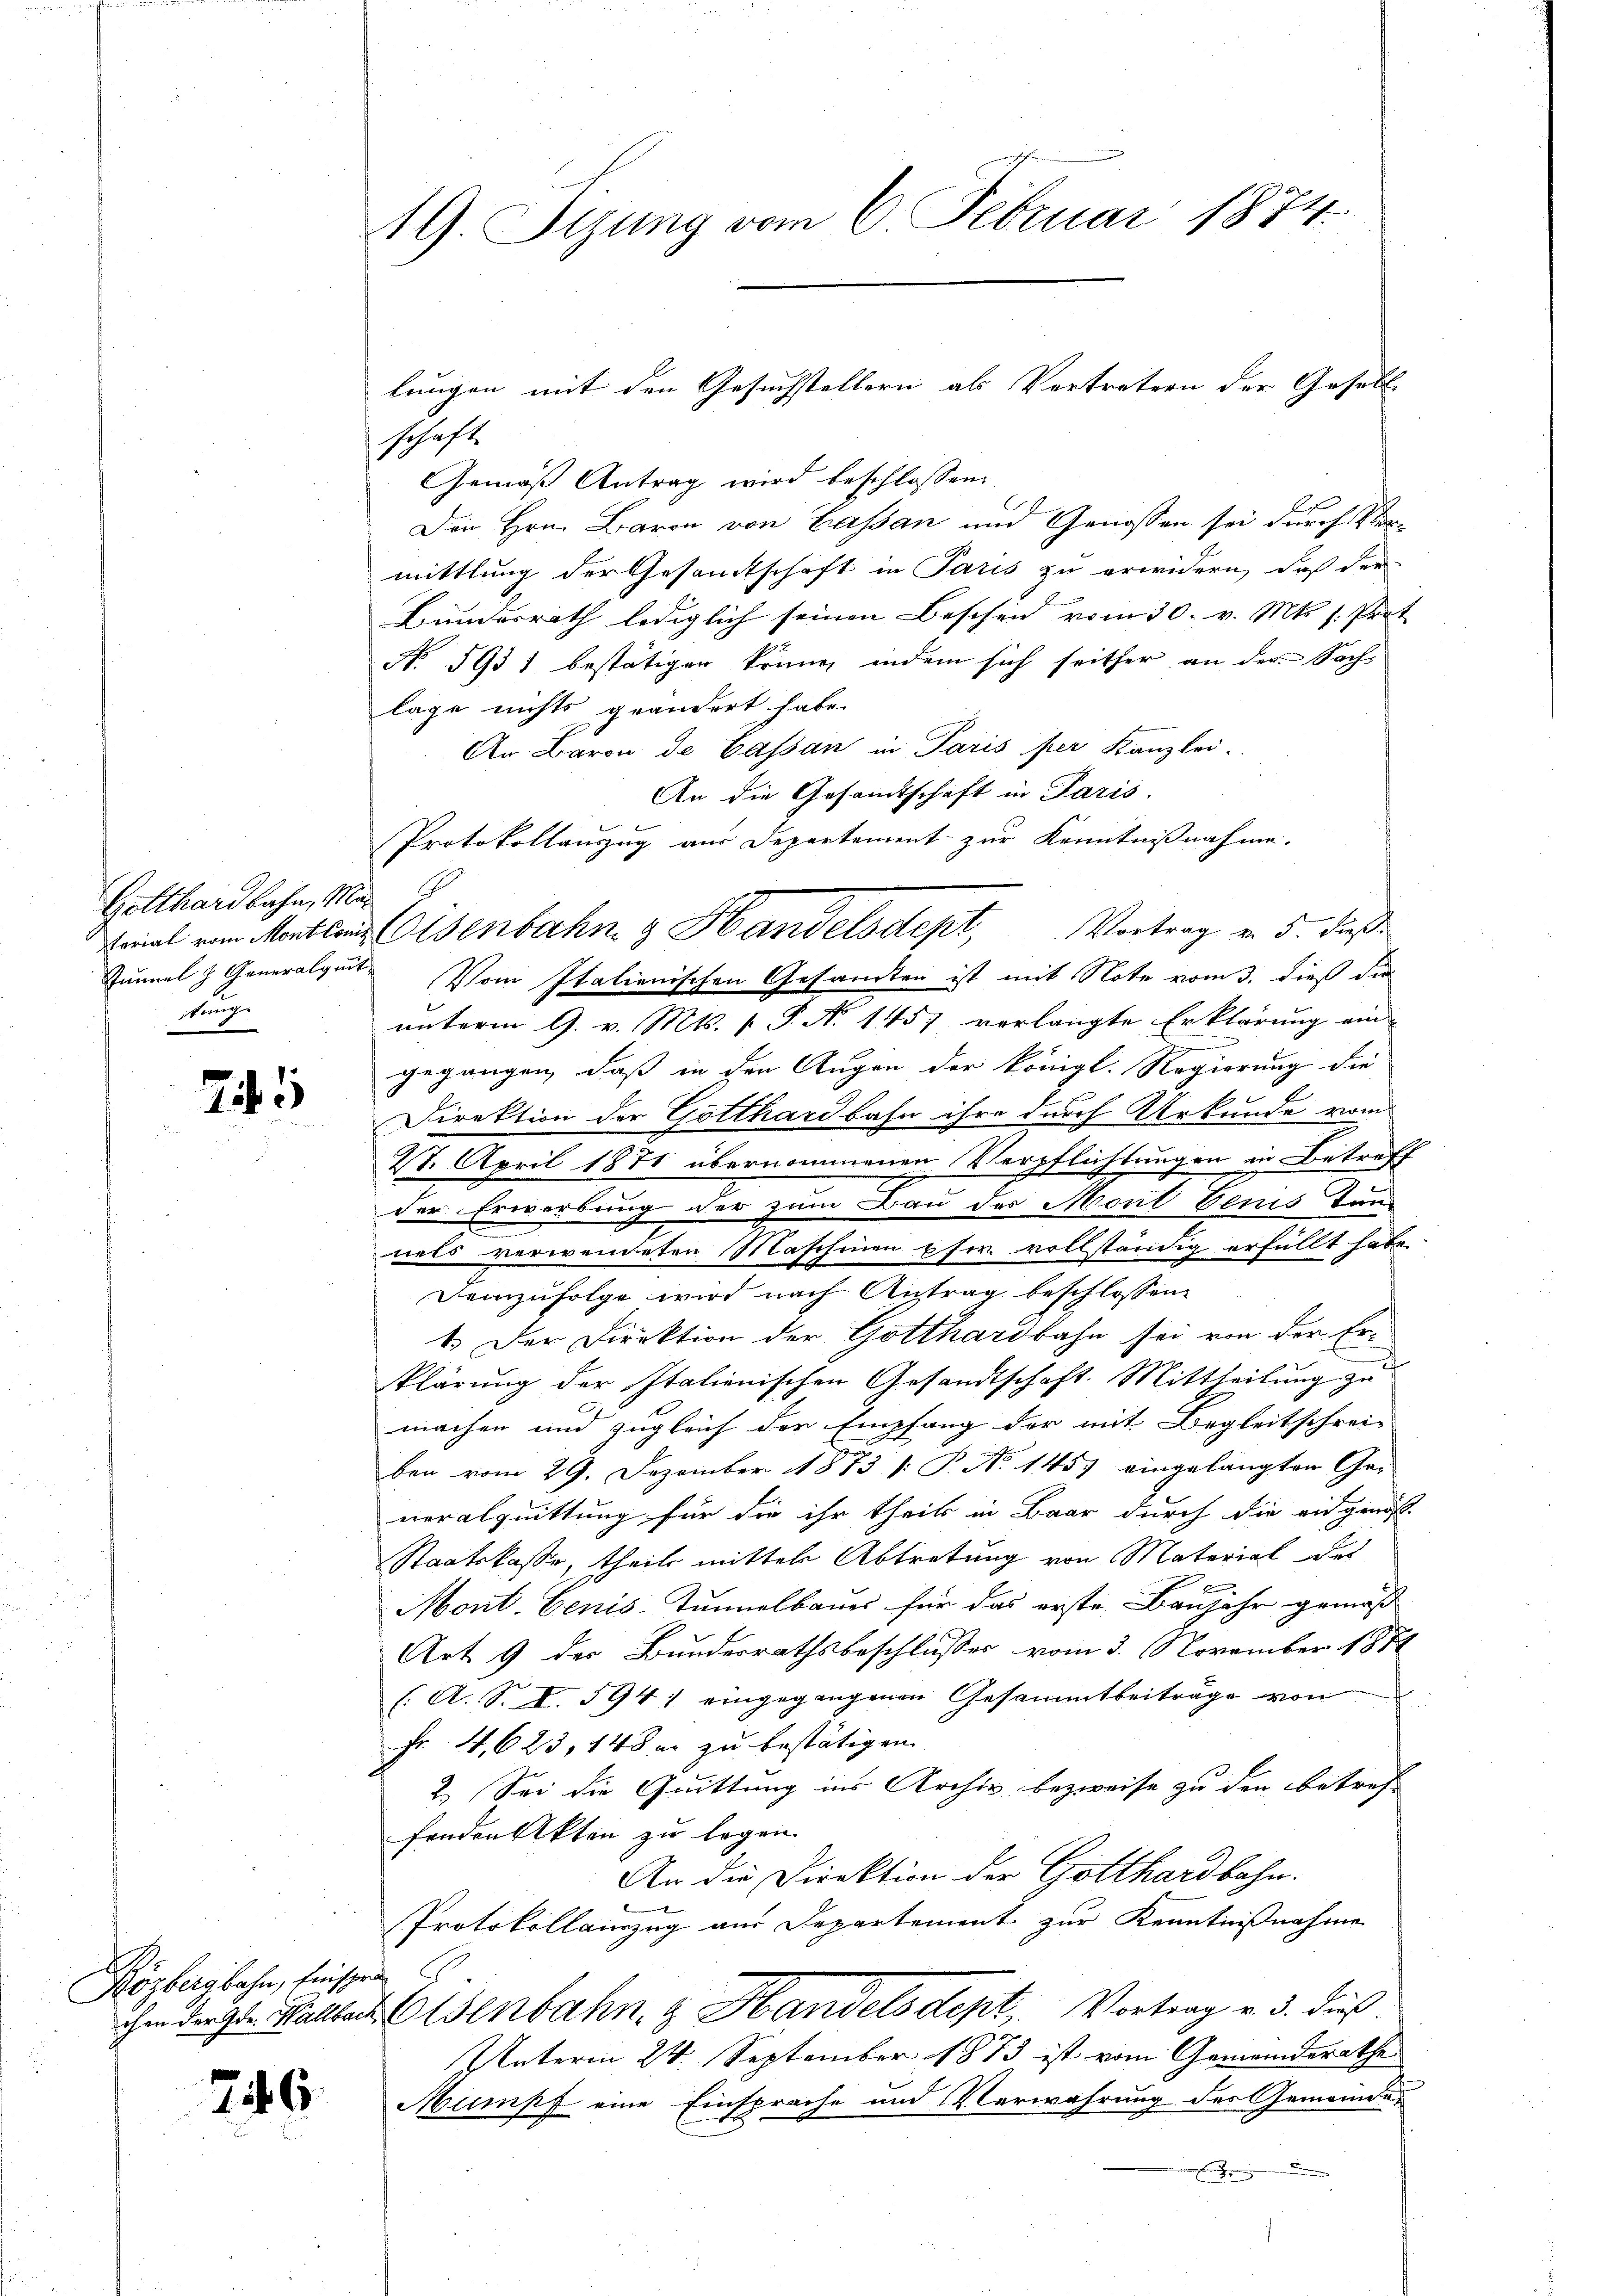
Gotthardbahn, Mar
sung.

25

Közbergbahn, heissen

746

19. Sizung vom 6. Februar 1874.

schaft
Gemäß Antrag wird beschlossen:
Den Hrn. Baron von Cassan und Genossen sei durch Ver-
mittlung der Gesamtschaft in Paris zu erwidern, daß der
Bundesrath lediglich seinen Beschen vom 30. v. Mts. s. Prot
No. 595 1 bestätigen könne, indem sich seither an der Sach-
lage nichts geändert habe.
An Baron de Cassan in Paris per Kanzlei.
An die Gesandtschaft in Paris.
Protokollauszug aus Departement zur Kenntnißnahme.
Zunnel & Generalquit. Vom Italienischen Gesamten ist mit Note vom 3. dieß die
unterm 9. v. Mts. v. P. No 1457 verlangte Erklärung ein
u
gegangen, daß in den Augen der königl. Regierung die
Direktion der Gotthardbahn ihre durch Urkunde vom
28. April 1871 übernommenen Verpflichtungen in Betreff
der Erwerbung der zum Bau der Mont benis Tun-
nels verwendeten Maschinen pfer. vollständig erfüllt habe.
Demzufolge wird nach Antrag beschlossen:
1.) Der Direktion der Gotthardbahn sei von der Er-
klärung der Italienischen Gesandtschaft. Mittheilung zu
machen und zugleich der Empfang der mit Begleitschrei-
ben vom 29. Dezember 1873 (: P. No 1453 eingelangten Ge-
neralquittung für die ihr theil in Baar durch die eidgenös
Staatskasse, theils mittel Abtretung von Material des
B
Mont. Benis-Tunnelbauer für das erste Banjahr gemäß
Art. 9 der Bundesrathsbeschlusses vom 3. November 1871
(A. S. I. 594) eingegangenen Gesammtbeiträge von
Fr. 4,623, 148 er zu bestätigen
2.) Sei die Quittung ins Archiv bezweife zu den betref
fenden Akten zu legen.
An die Direktion der Gotthardbahn.
Protokollauszug aus Departement zur Kenntnißnahme
chen dergl. Stalles Osenbahn z. Handels dept, Vortrag v. 3. dieß
Unterm 24. September 1873 ist vom Gemeinderathe
Mumpf eine Einsprache und Verwahrung des Gemeinde-

lungen mit den Gesuchstellern als Vertretern der Gesell-

Frial vom Mortlaut Eisenbahn & Handelsdept, Vortrag v. 5. dies